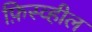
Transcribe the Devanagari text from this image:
फ़िस्व्हील